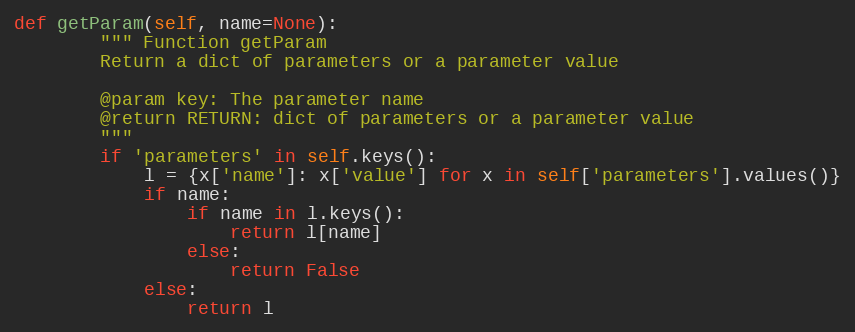
Language: Python
def getParam(self, name=None):
        """ Function getParam
        Return a dict of parameters or a parameter value

        @param key: The parameter name
        @return RETURN: dict of parameters or a parameter value
        """
        if 'parameters' in self.keys():
            l = {x['name']: x['value'] for x in self['parameters'].values()}
            if name:
                if name in l.keys():
                    return l[name]
                else:
                    return False
            else:
                return l